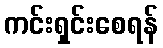
ကင်းရှင်းစေရန်